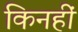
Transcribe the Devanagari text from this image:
किनहीं